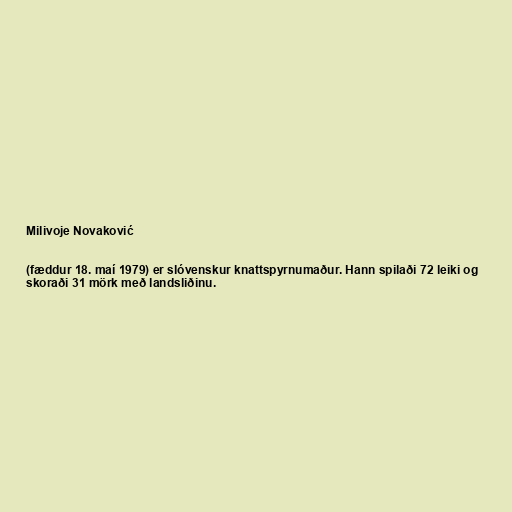
Milivoje Novaković

(fæddur 18. maí 1979) er slóvenskur knattspyrnumaður. Hann spilaði 72 leiki og
skoraði 31 mörk með landsliðinu.